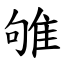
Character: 雊